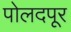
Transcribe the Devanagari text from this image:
पोलदपूर